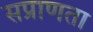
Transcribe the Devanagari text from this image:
सप्राणता